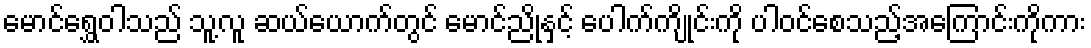
မောင်ရွှေဝါသည် သူ့လူ ဆယ်ယောက်တွင် မောင်ညိုနှင့် ပေါက်ကျိုင်းကို ပါဝင်စေသည့်အကြောင်းကိုကား